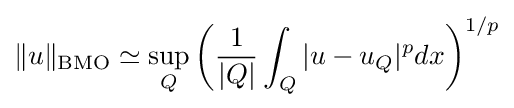
\|u\|_{\text{BMO}}\simeq \sup _{Q}\left({\frac {1}{|Q|}}\int _{Q}|u-u_{Q}|^{p}dx\right)^{1/p}